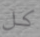
كل